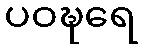
ပဝဍ္ဎရေ